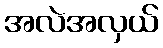
အလဲအလှယ်